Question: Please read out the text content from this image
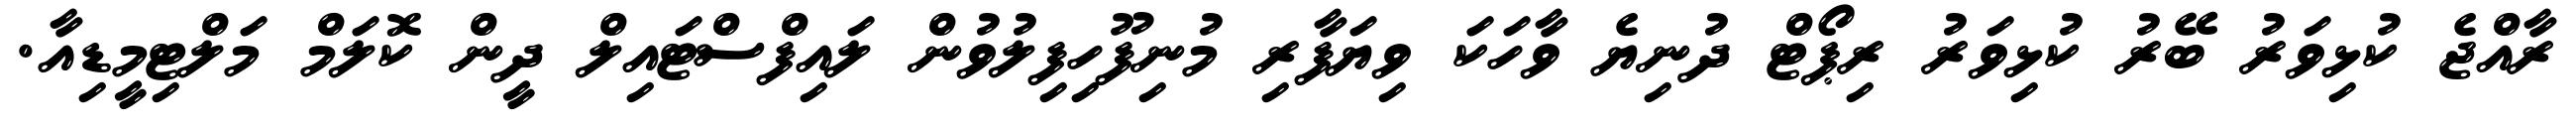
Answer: ރާއްޖެ ކުޅިވަރު ބޭރު ކުޅިވަރު ރިޕޯޓް ދުނިޔެ ވާހަކަ ވިޔަފާރި މުނިފޫހިފިލުވުން ލައިފްސްޓައިލް ދީން ކޮލަމް މަލްޓިމީޑިއާ.